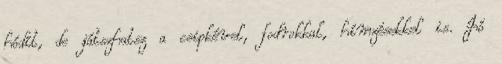
hódít, de játszhatsz a csipkével, fodrokkal, hímzésekkel is. Jó